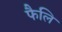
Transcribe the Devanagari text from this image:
फैलि